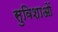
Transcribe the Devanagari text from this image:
सुविशाओं